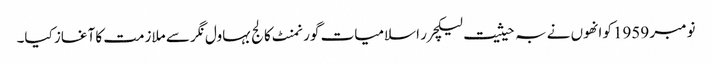
نومبر 1959کو انھوں نے بہ حیثیت لیکچرر اسلامیات گورنمنٹ کالج بہاول نگر سے ملازمت کا آغاز کیا۔